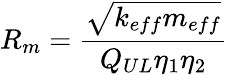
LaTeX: R_{m}=\frac{\sqrt{k_{eff}m_{eff}}}{Q_{UL}\eta_{1}\eta_{2}}